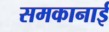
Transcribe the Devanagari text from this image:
समकानाई